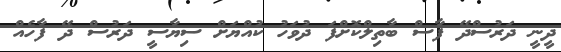
ދީނީ ދަރުސްދޭ ފާސް ބާތިލްކޮށްފަ ދުވަހު ކުއްޔަށް ސިޔާސީ ދަރުސް ދޭ ފާހެއް